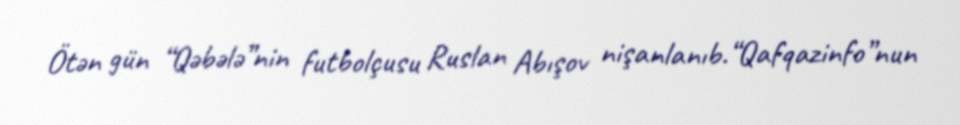
Ötən gün “Qəbələ”nin futbolçusu Ruslan Abışov nişanlanıb.“Qafqazinfo”nun